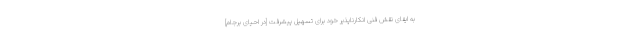
به ایفای نقش فنی انکارناپذیر خود برای تسهیل پیشرفت [در احیای برجام]